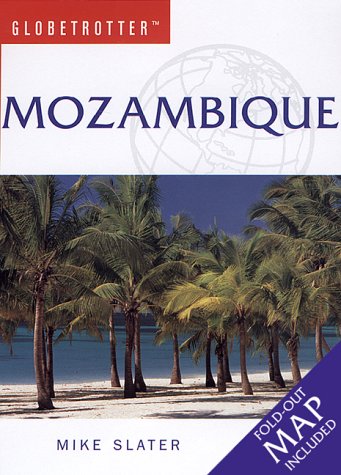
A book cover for Mozambique Travel Pack (Globetrotter Travel Packs); Globetrotter; Travel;